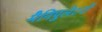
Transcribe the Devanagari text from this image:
मैनिपुलेटरों